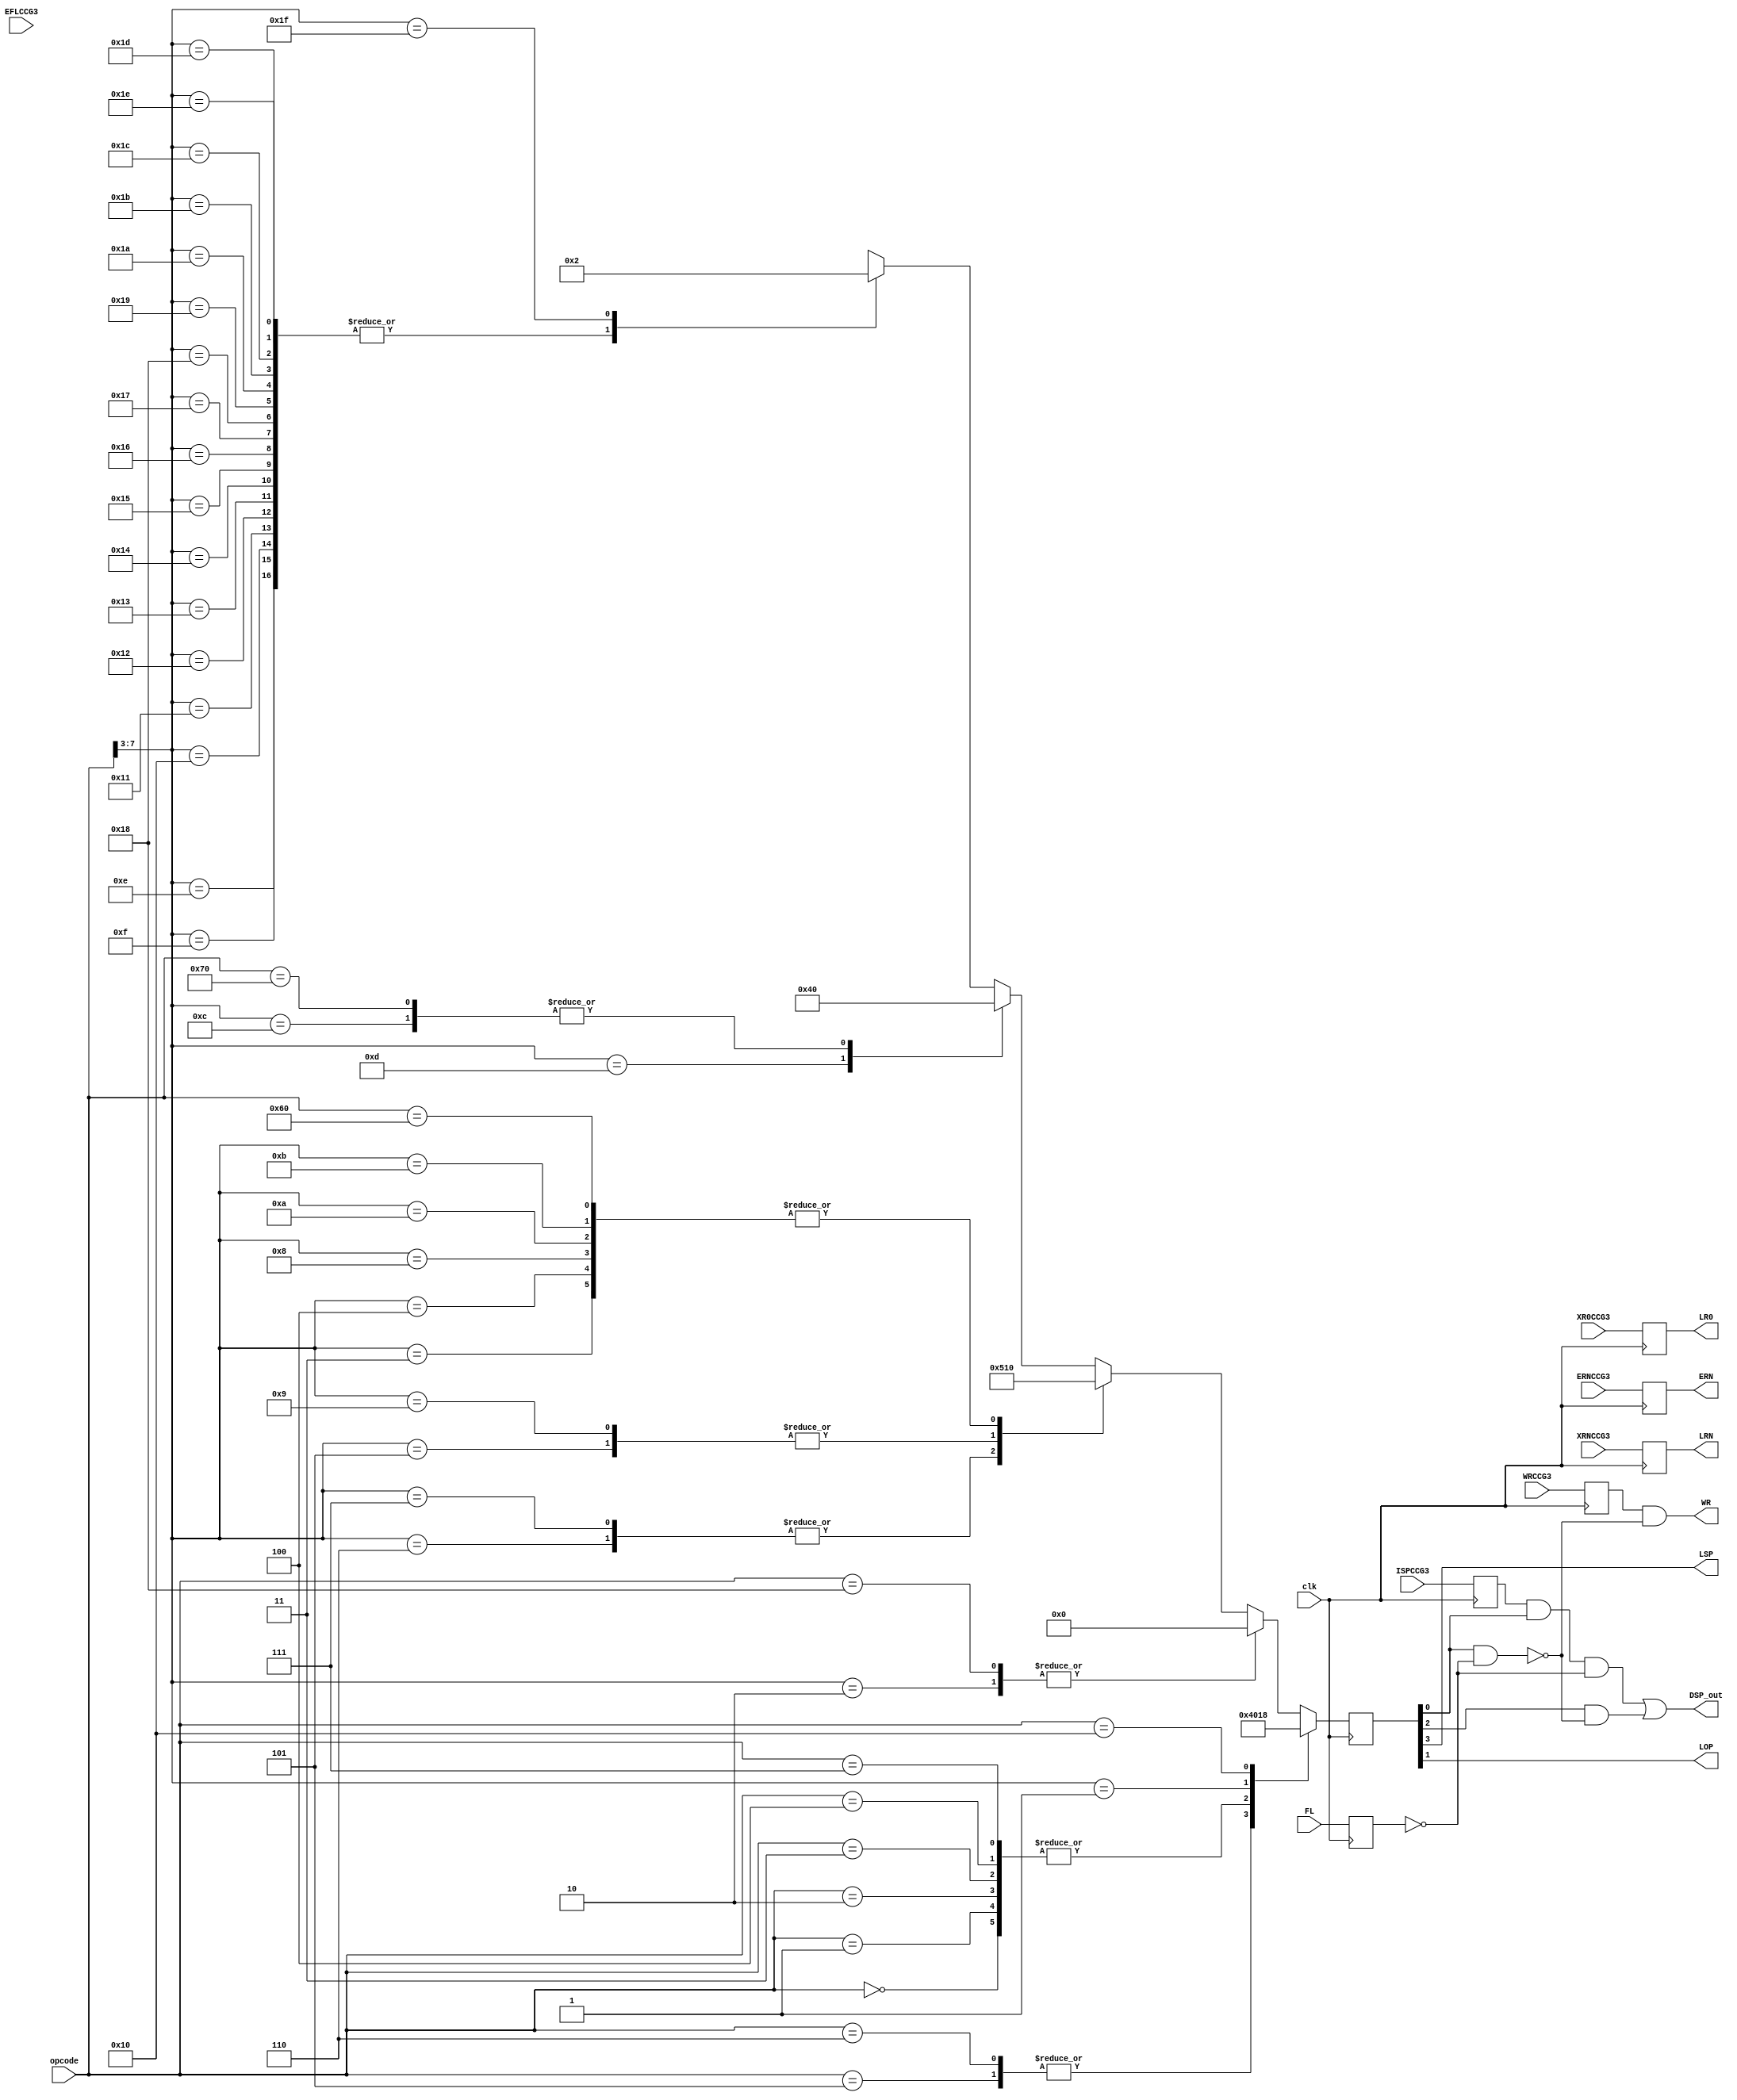
module ControlCodeGenerator4(
    input           clk,        // GLOBAL Clock
    input           FL,         // Selected Flag
    input   [7:0]   opcode,     // From Buffer 34 Opcode Buffer
    input           WRCCG3,
    input           XRNCCG3,
    input           XR0CCG3,
    input           ERNCCG3,
    input           ISPCCG3,
    input           EFLCCG3,
    //output          FLRN,     // DELETE  - UNUSED  // FLRN ? :: This signal is not being used any where
    output          WR,         // WR :: Write To Memory
    output  reg     LRN,        // Load RN
    output  reg     LR0,        // Load R0
    output          LSP,        // Load SP
    output          DSP_out,    // Pass Through SP -1 as the output of the stack pointer 
    output          LOP,        // Load Output registers
    output  reg     ERN        // Enable RN for Write Back
);
    wire DSP,WR_out;
    reg FL_out,EFL_carryIn;
    reg ISP;
    reg WR_reg;
    assign WR_out = WRCCG3;

    initial begin
        controlBits = 0; // 10-9 FLRN
        ERN = 0;
        LRN = 0;
        LR0 = 0;
        ISP = 0;
        EFL_carryIn = 0;
        WR_reg = 0;
    end


    always@(posedge clk)
    begin
        EFL_carryIn = EFLCCG3;
        ISP=ISPCCG3; 
        FL_out=FL;
        WR_reg = WRCCG3;
        LRN = XRNCCG3;
        LR0 = XR0CCG3;
        ERN = ERNCCG3;
    end
        
    reg [3:0] controlBits; // 9-8 FLRN
    
    // assign {/*WR_out,*//*FLRN,*//*LRN,LR0,*/LSP,DSP,LOP/*,ERN*/,EFL/*,ISP*/} = controlBits;
    assign {LSP,DSP,LOP,EFL} = controlBits;
    
    assign DSP_out = (ISP&&EFL&&~FL_out)||(DSP&&~(EFL&&~FL_out));//DSP && ((ISP)?((~FL_out && EFL)?1:0):((~FL_out && EFL)?0:1));/*((ISP&&~FL)?((~FL && EFL)?0:1):0);*/
    assign WR = (WR_reg &&~(EFL&&~FL_out));
    /*
    if(ISP) 
        if !FL
            1
        else 
            0
    else
        if !FL && EFL
            0
        else
            1
    */
    always@(posedge clk)
    begin
        casex(opcode)
            8'b0000_0000 : controlBits = 4'b0000;   // 0 - FLRN NOP
            8'b0000_0001 : controlBits = 4'b0000;   // 1 - FLRN CLR
            8'b0000_0010 : controlBits = 4'b0000;   // 0 - FLRN CLC
            8'b0000_0011 : controlBits = 4'b0000;   // 0 - FLRN JUD <od>
            8'b0000_0100 : controlBits = 4'b0000;   // 0 - FLRN JUA
            8'b0000_0101 : controlBits = 4'b0100;   // 0 - FLRN CUD <od>
            8'b0000_0110 : controlBits = 4'b0100;   // 0 - FLRN CUA
            8'b0000_0111 : controlBits = 4'b0000;   // 0 - FLRN RTU
            8'b0000_1xxx : controlBits = 4'b0001;   // 0 - FLRN JCD <fl><od>
            8'b0001_0000 : controlBits = 4'b1000;   // 0 - FLRN LSP
            8'b0001_0xxx : controlBits = 4'b0000;   // 1 - FLRN MVD <rn>*
            8'b0001_1000 : controlBits = 4'b0000;   // 0 - FLRN RSP
            8'b0001_1xxx : controlBits = 4'b0000;   // 0 - FLRN MVS <rn>*
            8'b0010_0xxx : controlBits = 4'b0000;   // 1 - FLRN NOT <rn>
            8'b0010_1xxx : controlBits = 4'b0001;   // 0 - FLRN JCA <fl>
            8'b0011_0xxx : controlBits = 4'b0101;   // 0 - FLRN CCD <fl><od>
            8'b0011_1xxx : controlBits = 4'b0101;   // 0 - FLRN CCA <fl>
            8'b0100_0xxx : controlBits = 4'b0000;   // 1 - FLRN INC <rn>
            8'b0100_1xxx : controlBits = 4'b0001;   // 0 - FLRN RTC <fl>
            8'b0101_0xxx : controlBits = 4'b0000;   // 1 - FLRN DCR <rn>
            8'b0101_1xxx : controlBits = 4'b0000;   // 1 - FLRN MVI <rn><od>
            8'b0110_0000 : controlBits = 4'b0000;   // 0 - FLRN RLA
            8'b0110_0xxx : controlBits = 4'b0000;   // 0 - FLRN STA <rn>*
            8'b0110_1xxx : controlBits = 4'b0100;   // 0 - FLRN PSH <rn>
            8'b0111_0000 : controlBits = 4'b0000;   // 0 - FLRN RRA
            8'b0111_0xxx : controlBits = 4'b0000;   // 1 - FLRN LDA <rn>*
            8'b0111_1xxx : controlBits = 4'b0000;   // 1 - FLRN POP <rn>
            8'b1000_0xxx : controlBits = 4'b0000;   // 0 - FLRN ADA <rn>
            8'b1000_1xxx : controlBits = 4'b0000;   // 1 - FLRN ADI <rn><od>
            8'b1001_0xxx : controlBits = 4'b0000;   // 0 - FLRN SBA <rn>
            8'b1001_1xxx : controlBits = 4'b0000;   // 1 - FLRN SBI <rn><od>
            8'b1010_0xxx : controlBits = 4'b0000;   // 0 - FLRN ACA <rn>
            8'b1010_1xxx : controlBits = 4'b0000;   // 1 - FLRN ACI <rn><od>
            8'b1011_0xxx : controlBits = 4'b0000;   // 0 - FLRN SCA <rn>
            8'b1011_1xxx : controlBits = 4'b0000;   // 1 - FLRN SCI <rn><od>
            8'b1100_0xxx : controlBits = 4'b0000;   // 0 - FLRN ANA <rn>
            8'b1100_1xxx : controlBits = 4'b0000;   // 1 - FLRN ANI <rn><od>
            8'b1101_0xxx : controlBits = 4'b0000;   // 0 - FLRN ORA <rn>
            8'b1101_1xxx : controlBits = 4'b0000;   // 1 - FLRN ORI <rn><od>
            8'b1110_0xxx : controlBits = 4'b0000;   // 0 - FLRN XRA <rn>
            8'b1110_1xxx : controlBits = 4'b0000;   // 1 - FLRN XRI <rn><od>
            8'b1111_0xxx : controlBits = 4'b0000;   // 0 - FLRN INA <pn>
            8'b1111_1xxx : controlBits = 4'b0010;   // 0 - FLRN OUT <pn>
        endcase
    end
    
endmodule